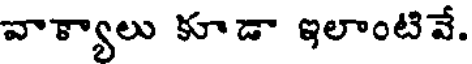
వాక్యాలు కూడా ఇలాంటివే.